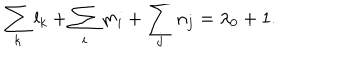
LaTeX: \sum _ { k } l _ { k } + \sum _ { i } m _ { i } + \sum _ { j } n _ { j } = \lambda _ { 0 } + 1 .